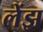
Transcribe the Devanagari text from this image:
लेंझ